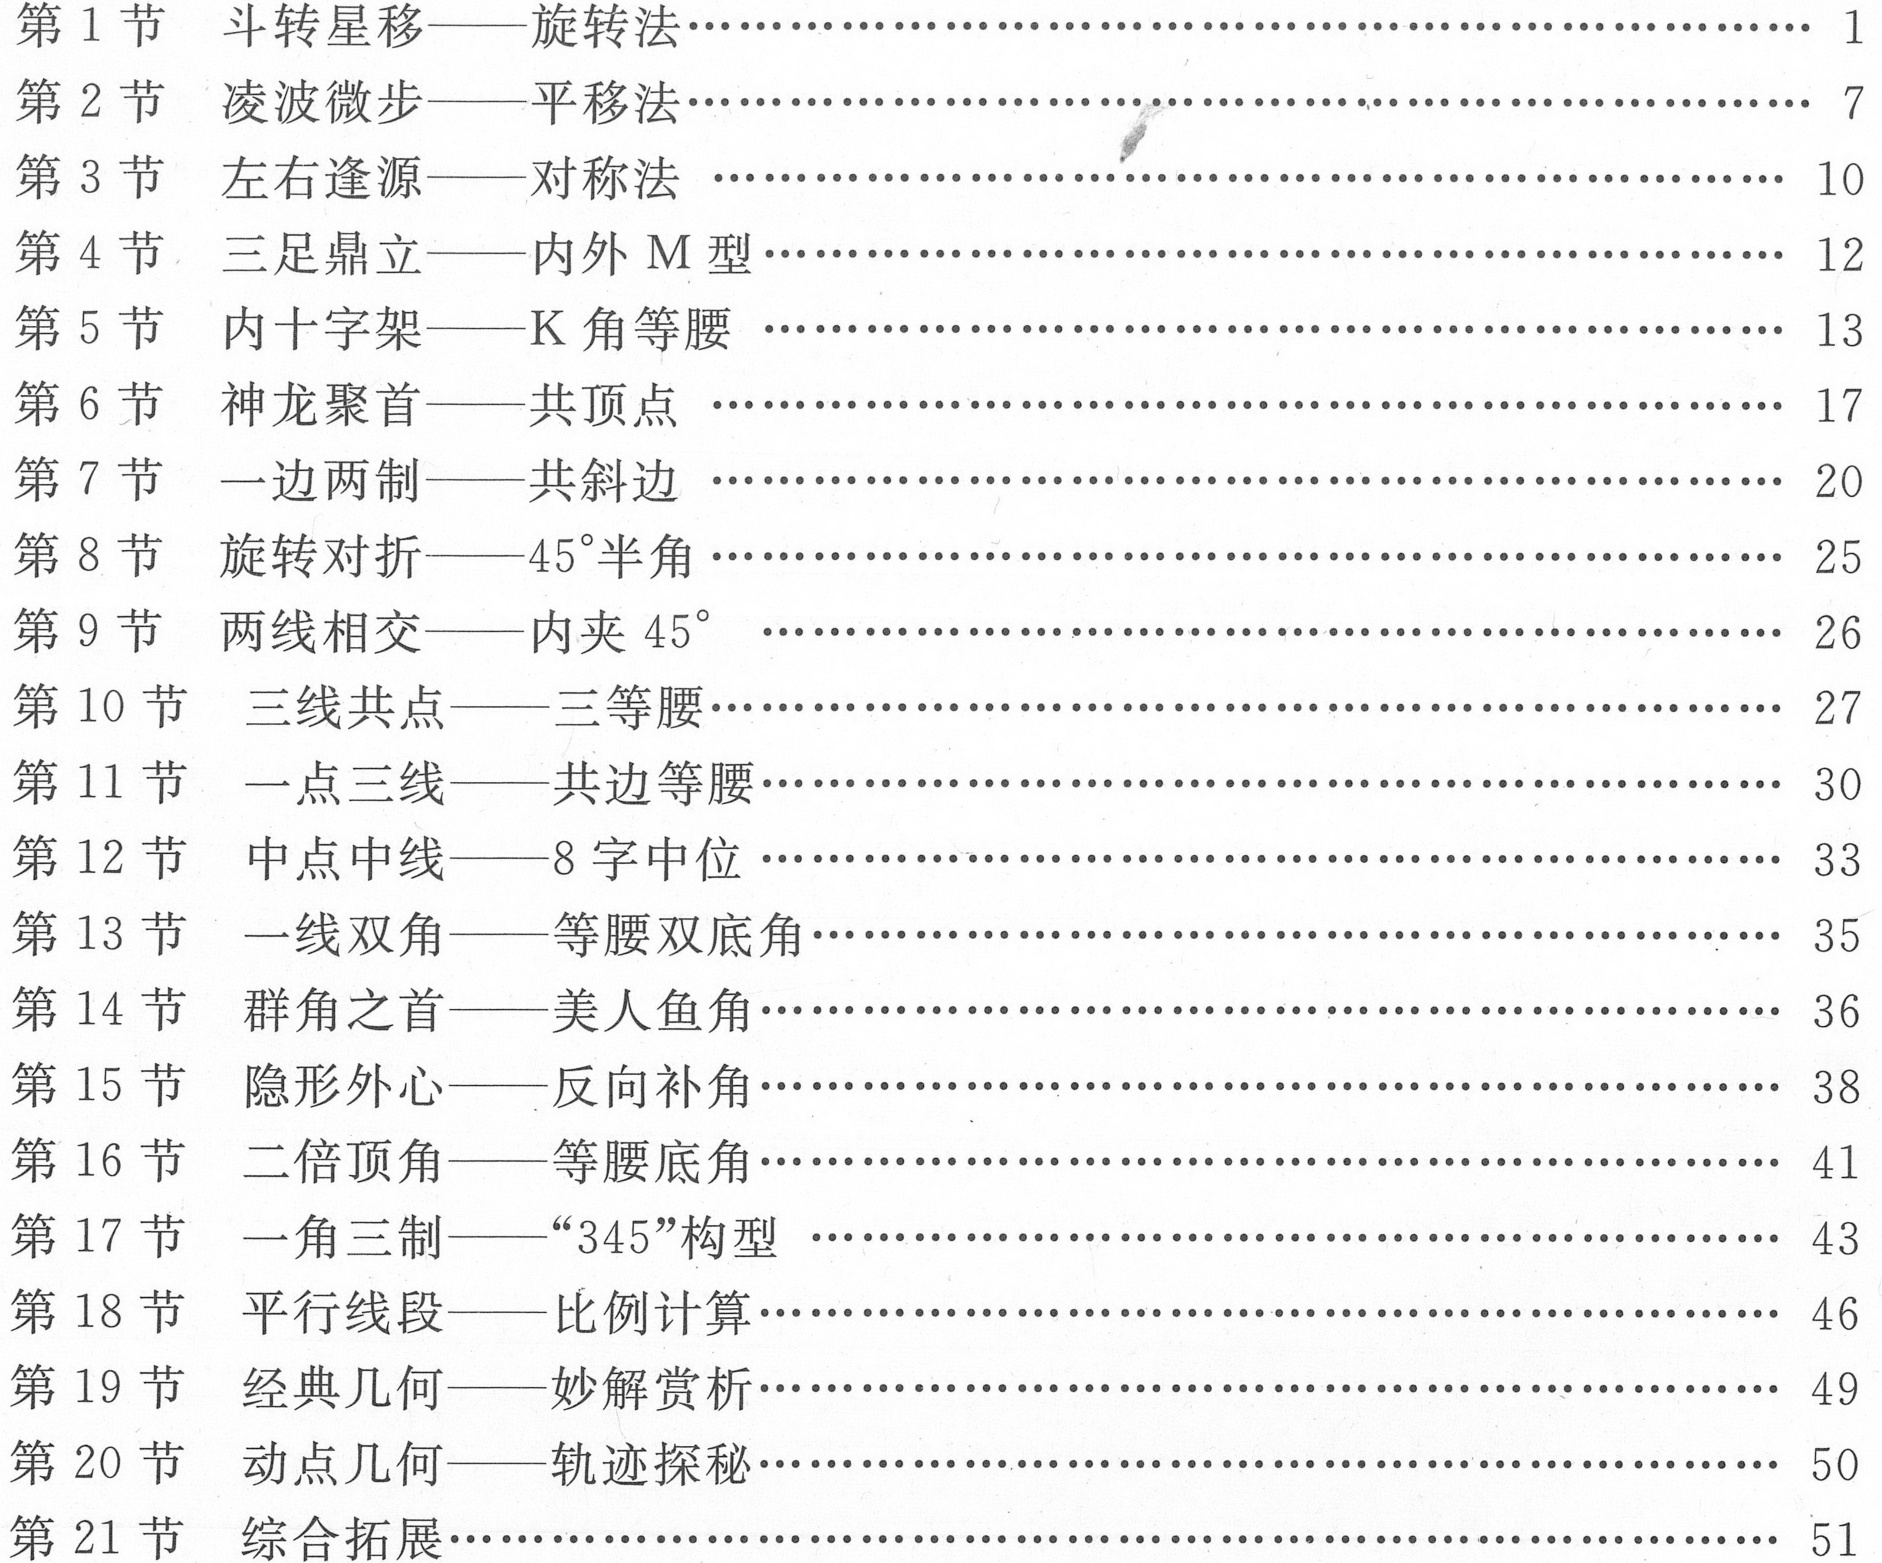
第1节 斗转星移——旋转法…………………………………… 1
第2节 凌波微步——平移法…………………………………… 7
第3节 左右逢源——对称法 …………………………………… 10
第4节 三足鼎立——内外M型…………………………………… 12
第5节 内十字架——K角等腰 …………………………………… 13
第6节 神龙聚首——共顶点 …………………………………… 17
第7节 一边两制——共斜边 …………………………………… 20
第8节 旋转对折——45°半角…………………………………… 25
第9节 两线相交——内夹45° …………………………………… 26
第10节 三线共点——三等腰…………………………………… 27
第11节 一点三线——共边等腰…………………………………… 30
第12节 中点中线——8字中位 …………………………………… 33
第13节 一线双角——等腰双底角…………………………………… 35
第14节 群角之首——美人鱼角…………………………………… 36
第15节 隐形外心——反向补角…………………………………… 38
第16节 二倍顶角——等腰底角…………………………………… 41
第17节 一角三制——“345”构型 …………………………………… 43
第18节 平行线段——比例计算…………………………………… 46
第19节 经典几何——妙解赏析…………………………………… 49
第20节 动点几何——轨迹探秘…………………………………… 50
第21节 综合拓展……………………………………………… 51